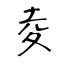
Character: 夌